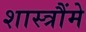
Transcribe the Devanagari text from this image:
शास्त्रौंमे